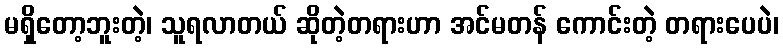
မရှိတော့ဘူးတဲ့၊ သူရလာတယ် ဆိုတဲ့တရားဟာ အင်မတန် ကောင်းတဲ့ တရားပေပဲ၊